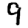
Digit: 9